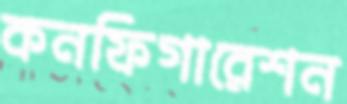
কনফিগারেশন